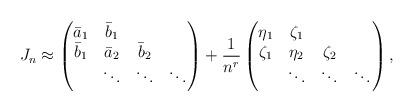
LaTeX: \begin{align*}J_n \approx \begin{pmatrix}\bar a_1&\bar b_1\\\bar b_1&\bar a_2&\bar b_2\\&\ddots&\ddots&\ddots\end{pmatrix}+\frac{1}{n^r} \begin{pmatrix}\eta_1&\zeta_1\\\zeta_1&\eta_2&\zeta_2\\&\ddots&\ddots&\ddots\end{pmatrix},\end{align*}